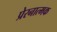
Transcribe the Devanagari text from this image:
प्रेरनात्मक